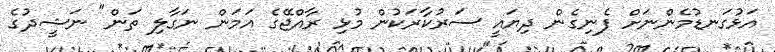
އަޅުގަނޑުމެންނަަށް ފެނިގެން ދިޔައީ ސަރުކާރަކުން މުޅި ރާއްޖޭގެ އަމަން ނަގާލި ތަން" ނަޝީދުގެ